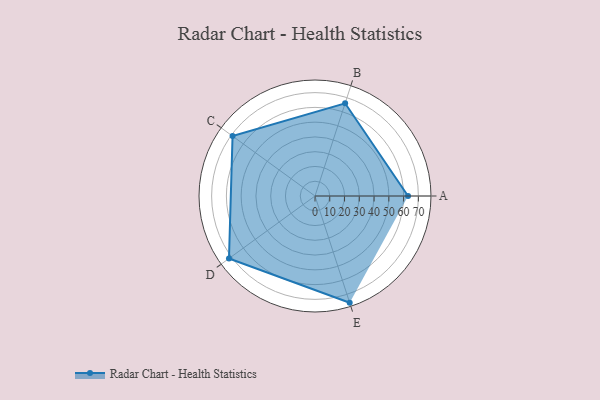
{"axis": {"x": "Skill", "y": "Score"}, "legend": ["Profile"], "data": [{"x": "A", "y": 63.0, "type": "Profile"}, {"x": "B", "y": 66.0, "type": "Profile"}, {"x": "C", "y": 69.0, "type": "Profile"}, {"x": "D", "y": 72.0, "type": "Profile"}, {"x": "E", "y": 76.0, "type": "Profile"}]}